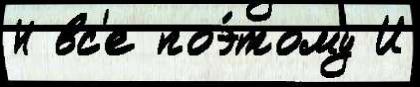
Н вс'е поэ́тому И